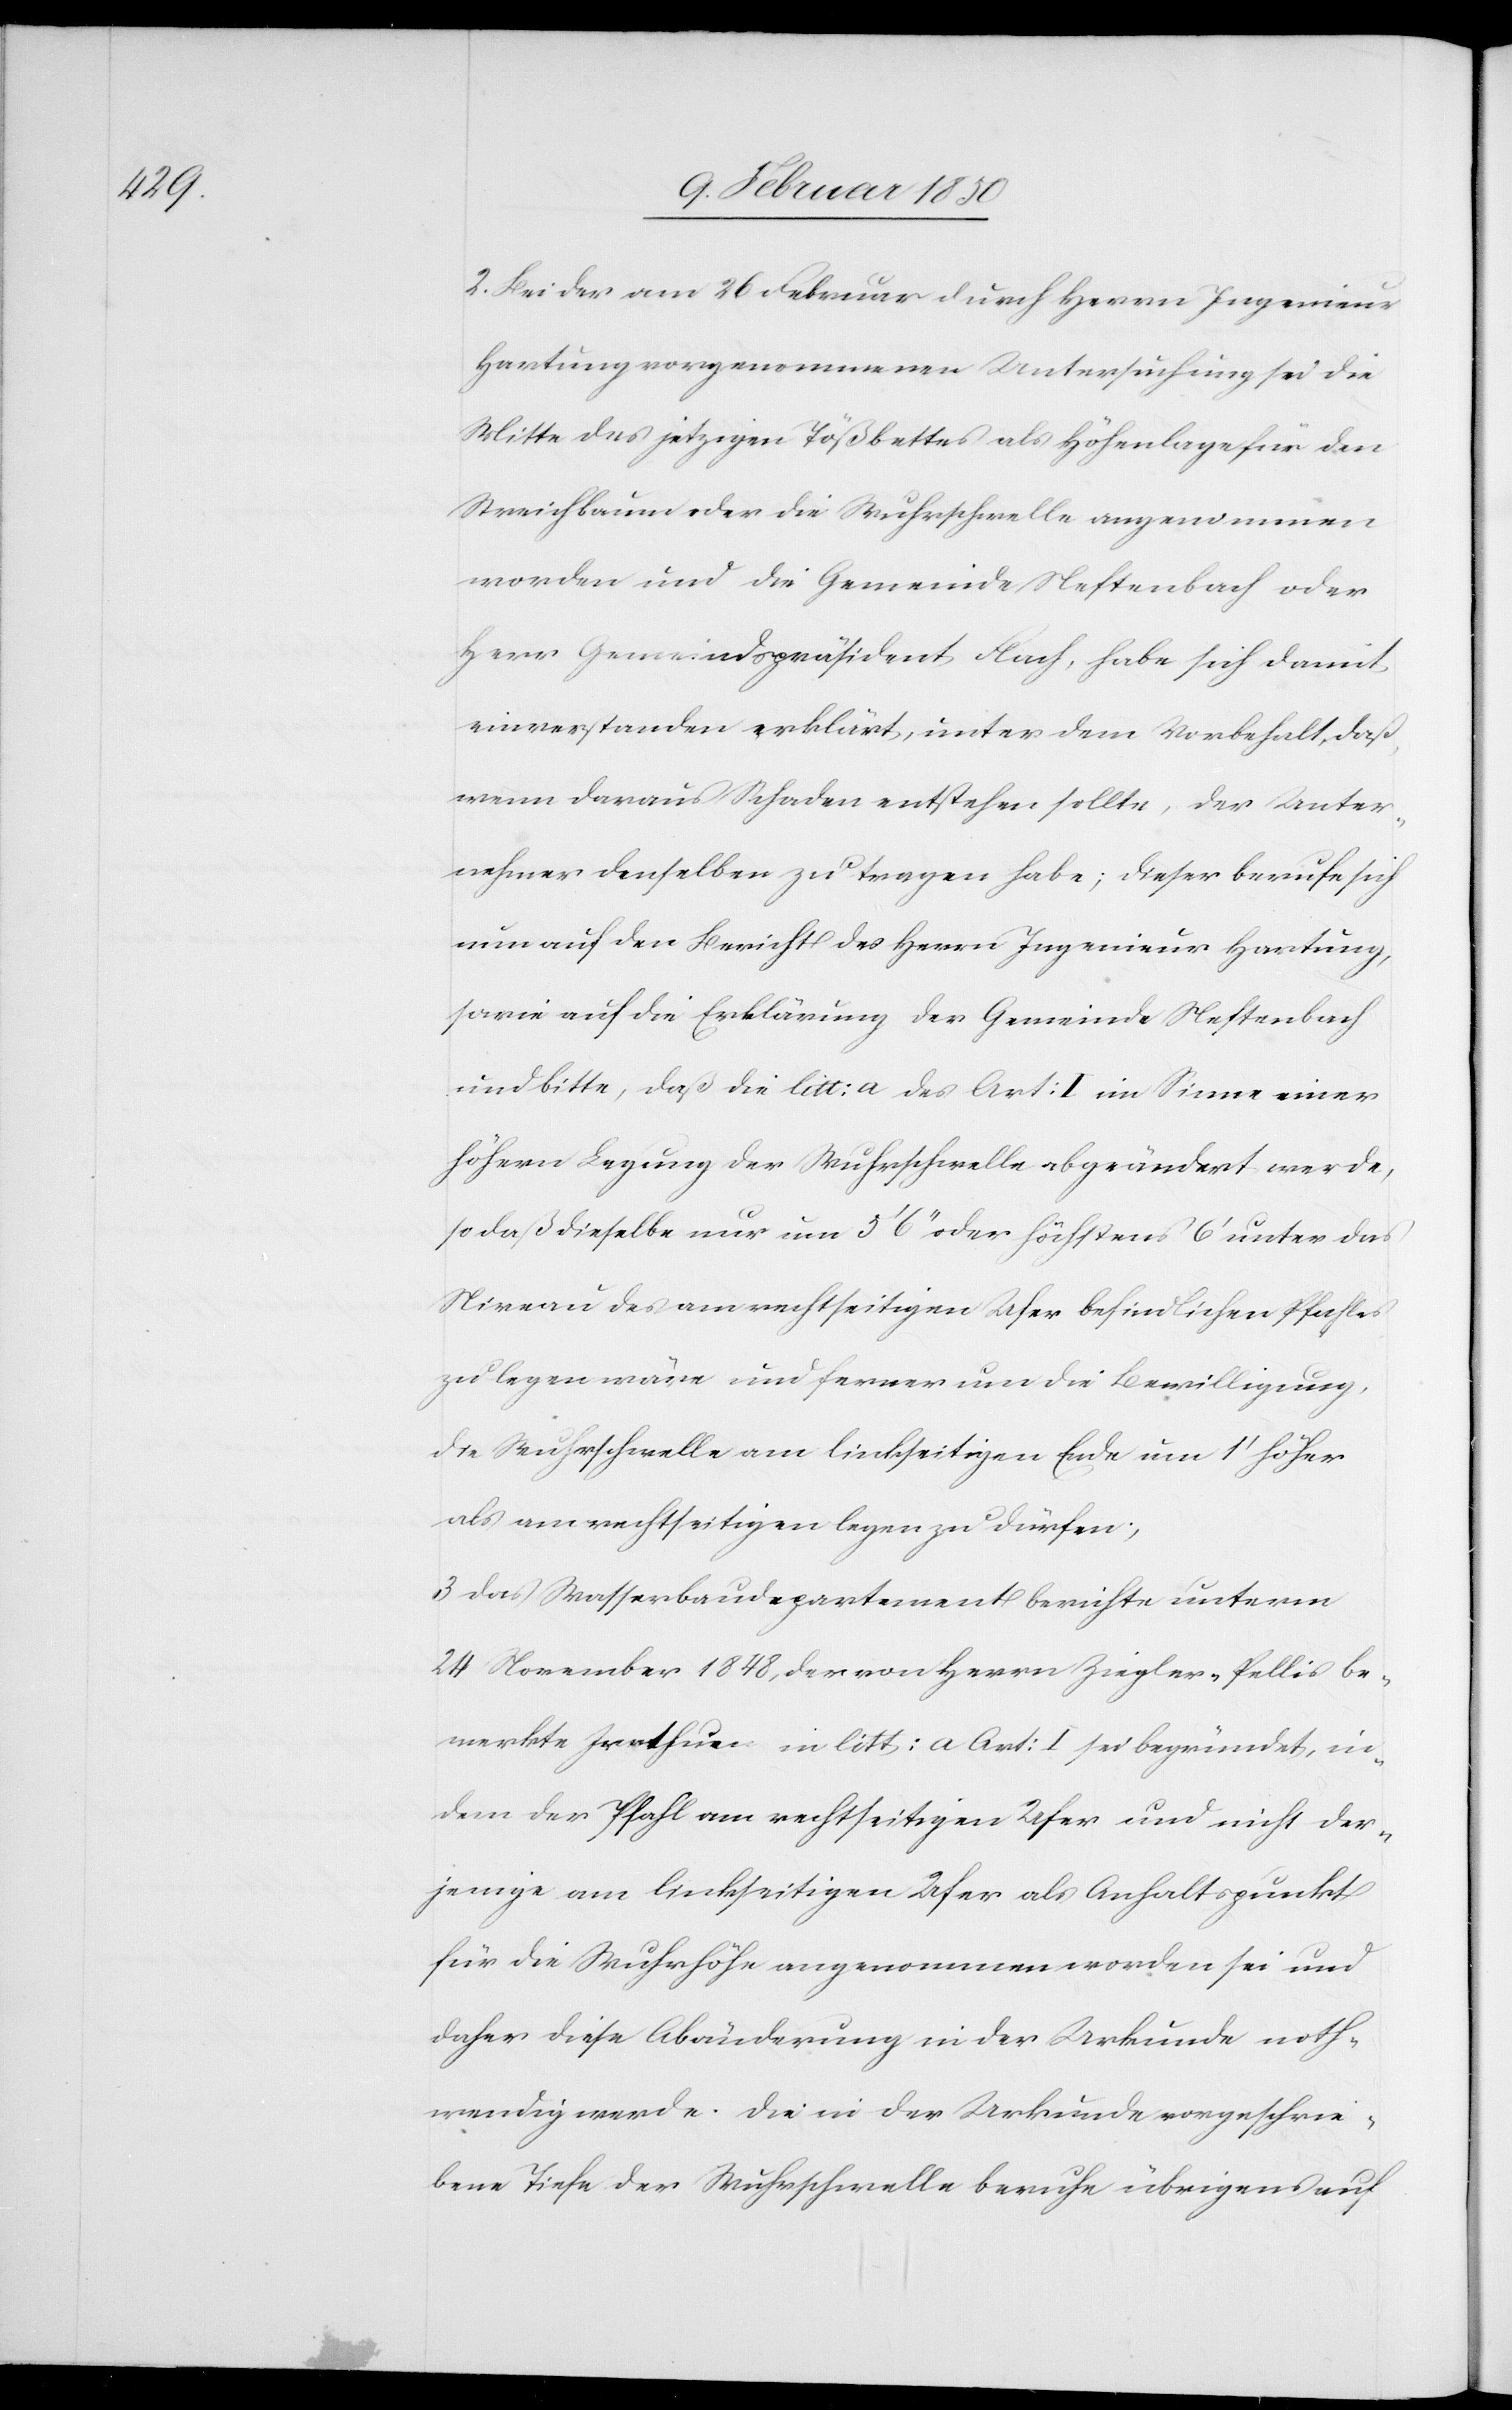
2. Bei der am 26 Februar durch Herrn Ingenieur
Hartung vorgenommenen Untersuchung sei die
Mitte des jetzigen Tößbettes als Höhenlage für den
Streichbaum oder die Wuhrschwelle angenommen
worden und die Gemeinde Neftenbach oder
Herr Gemeindspräsident Flach, habe sich damit
einverstanden erklärt, unter dem Vorbehalt, daß,
wenn daraus Schaden entstehen sollte, der Unter¬
nehmer denselben zu tragen habe; dieser berufe sich
nun auf den Bericht des Herrn Ingenieur Hartung,
sowie auf die Erklärung der Gemeinde Neftenbach
und bitte, daß die litt: a des Art: I im Sinne einer
höhern Legung der Wuhrschwelle abgeändert werde,
sodaß dieselbe nur um 5ʼ 6ʼʼ oder höchstens 6ʼ unter das
Niveau des am rechtseitigen Ufer befindlichen Pfahles
zu legen wäre und ferner um die Bewilligung,
die Wuhrschwelle am linkseitigen Ende um 1ʼ höher
als am rechtseitigen legen zu dürfen;
3 Das Wasserbaudepartement berichte unterm
24 November 1848, der von Herrn Ziegler-Pellis be¬
merkte Irrthum in litt: a Art: I sei begründet, in¬
dem der Pfahl am rechtseitigen Ufer und nicht der¬
jenige am linkseitigen Ufer als Anhaltspunkt
für die Wurhöhe angenommen worden sei und
daher diese Abänderung in der Urkunde noth¬
wendig werde. Die in der Urkunde vorgeschrie¬
bene Tiefe der Wuhrschwelle beruhe übrigens auf